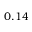
0 . 1 4